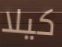
كيلا